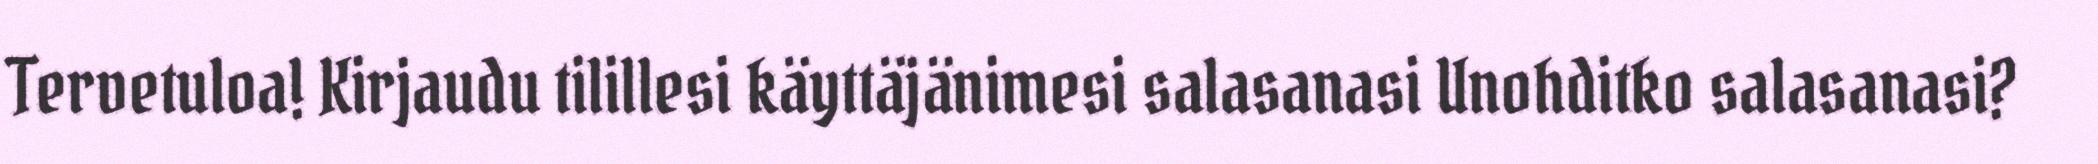
Tervetuloa! Kirjaudu tilillesi käyttäjänimesi salasanasi Unohditko salasanasi?